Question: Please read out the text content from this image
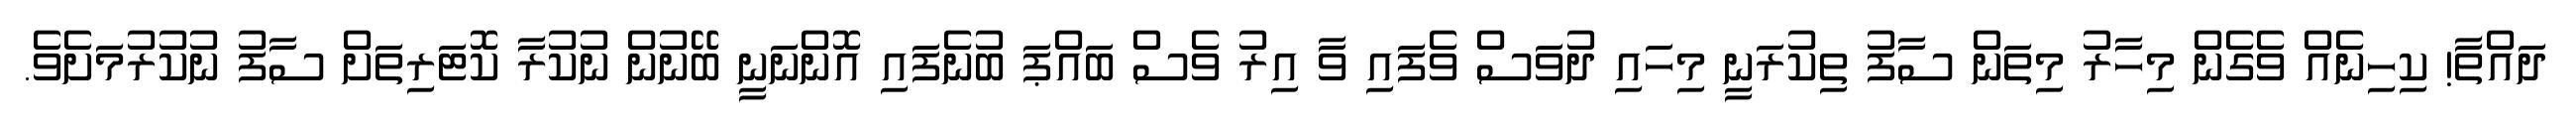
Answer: ދައްތާ! ކިހިނެއް ވެގެން މިހާރު މިތަން ސާފު ތިކުރަނީ މިހައި ދުވަސް ވެފައި ވާ އިރު ވެސް ބައްޕަ ބުނެފައި އޮންނަނީ ބޭނުން ނުކުރާ ކޮޓަރިތަށް ސާފު ނުކުރުމަށެވެ.